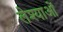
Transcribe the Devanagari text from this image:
लेश्याओं